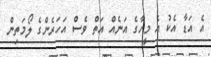
އެ އަޑާ އެކު އެ މީހާގެ އަނެއް އަތް ވެސް އަހަރެންގެ ލޯމަތިން